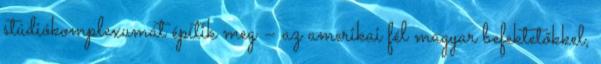
stúdiókomplexumát építik meg – az amerikai fél magyar befektetőkkel,